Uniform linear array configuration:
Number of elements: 24
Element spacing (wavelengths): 0.75
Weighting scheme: hamming
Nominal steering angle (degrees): -30
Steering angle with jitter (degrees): -30.953
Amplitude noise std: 0.05
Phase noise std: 0.05

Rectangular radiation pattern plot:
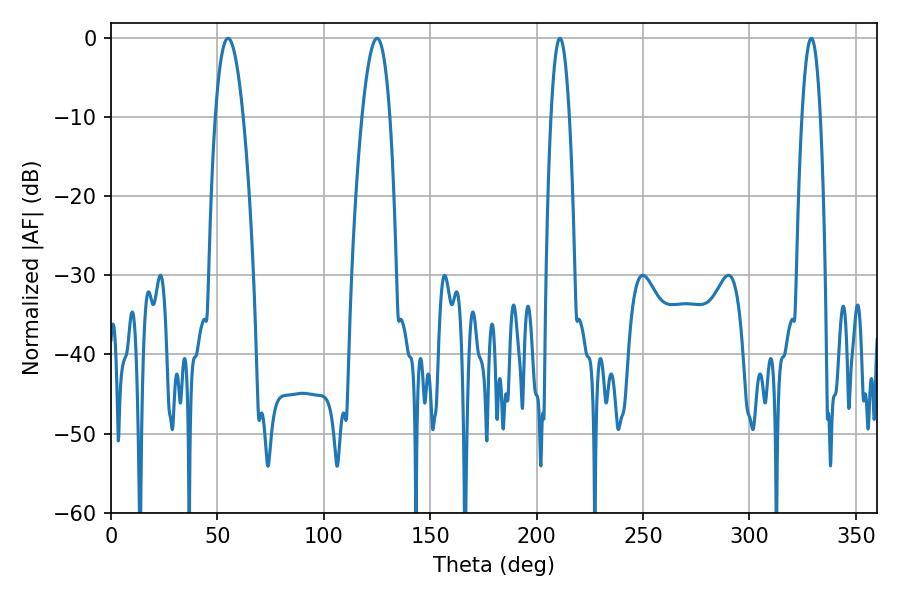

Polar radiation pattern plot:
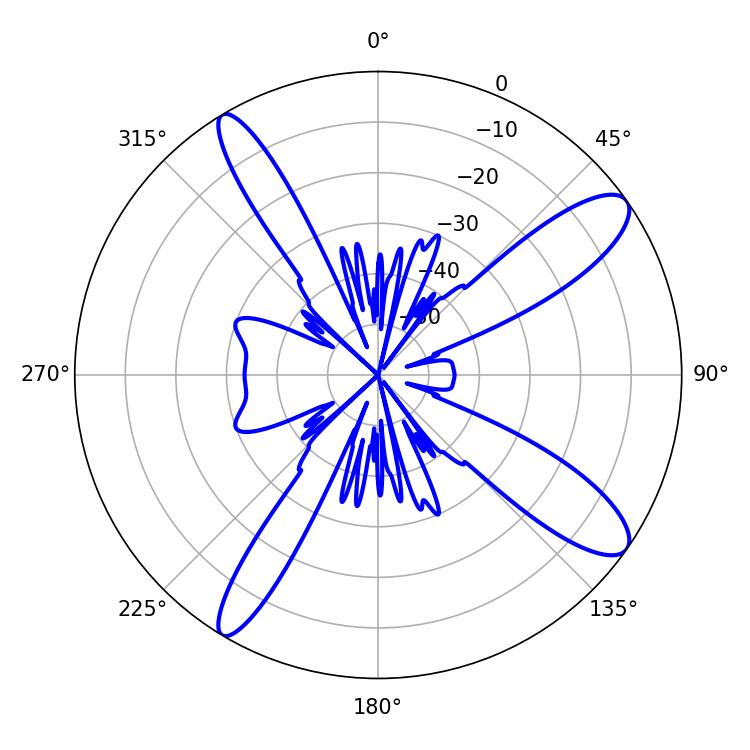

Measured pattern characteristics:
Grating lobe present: TRUE
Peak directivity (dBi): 11.881
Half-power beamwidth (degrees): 4.68
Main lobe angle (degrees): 329.04